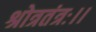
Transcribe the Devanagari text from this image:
श्रोत्रतंत्रः।।